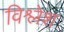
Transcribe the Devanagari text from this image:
विश्लेश